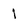
Character: 1